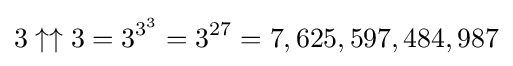
3\uparrow \uparrow 3=3^{3^{3}}=3^{27}=7,625,597,484,987